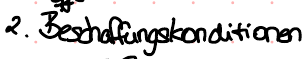
2. Beschaffungskonditionen